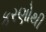
કરણોથી